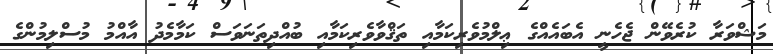
މަޝްވަރާ ކުރެވޭން ޖެހެނީ އެބައެއްގެ ޢިލްމުވެރިކަމާއި ތަޤްވާވެރިކަމާއި ބުއްދިތަނަވަސް ކަމާމެދު އާއްމު މުސްލިމުންގެ